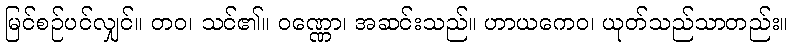
မြင်စဉ်ပင်လျှင်။ တဝ၊ သင်၏။ ဝဏ္ဏော၊ အဆင်းသည်။ ဟာယကေဝ၊ ယုတ်သည်သာတည်း။